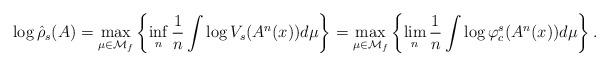
LaTeX: \begin{align*}\log \hat{\rho}_s(A)=\max_{\mu \in \mathcal{M}_f} \left\lbrace \inf_n \frac{1}{n}\int \log V_s(A^n(x))d\mu \right\rbrace =\max_{\mu \in \mathcal{M}_f} \left\lbrace \lim_n \frac{1}{n}\int \log \varphi^s_c(A^n(x))d\mu \right\rbrace.\end{align*}